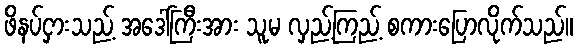
ဖိနပ်ငှားသည့် အဒေါ်ကြီးအား သူမ လှည့်ကြည့် စကားပြောလိုက်သည်။